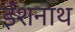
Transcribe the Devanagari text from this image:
ईशनाथ